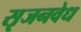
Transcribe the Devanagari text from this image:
सृजनवेध